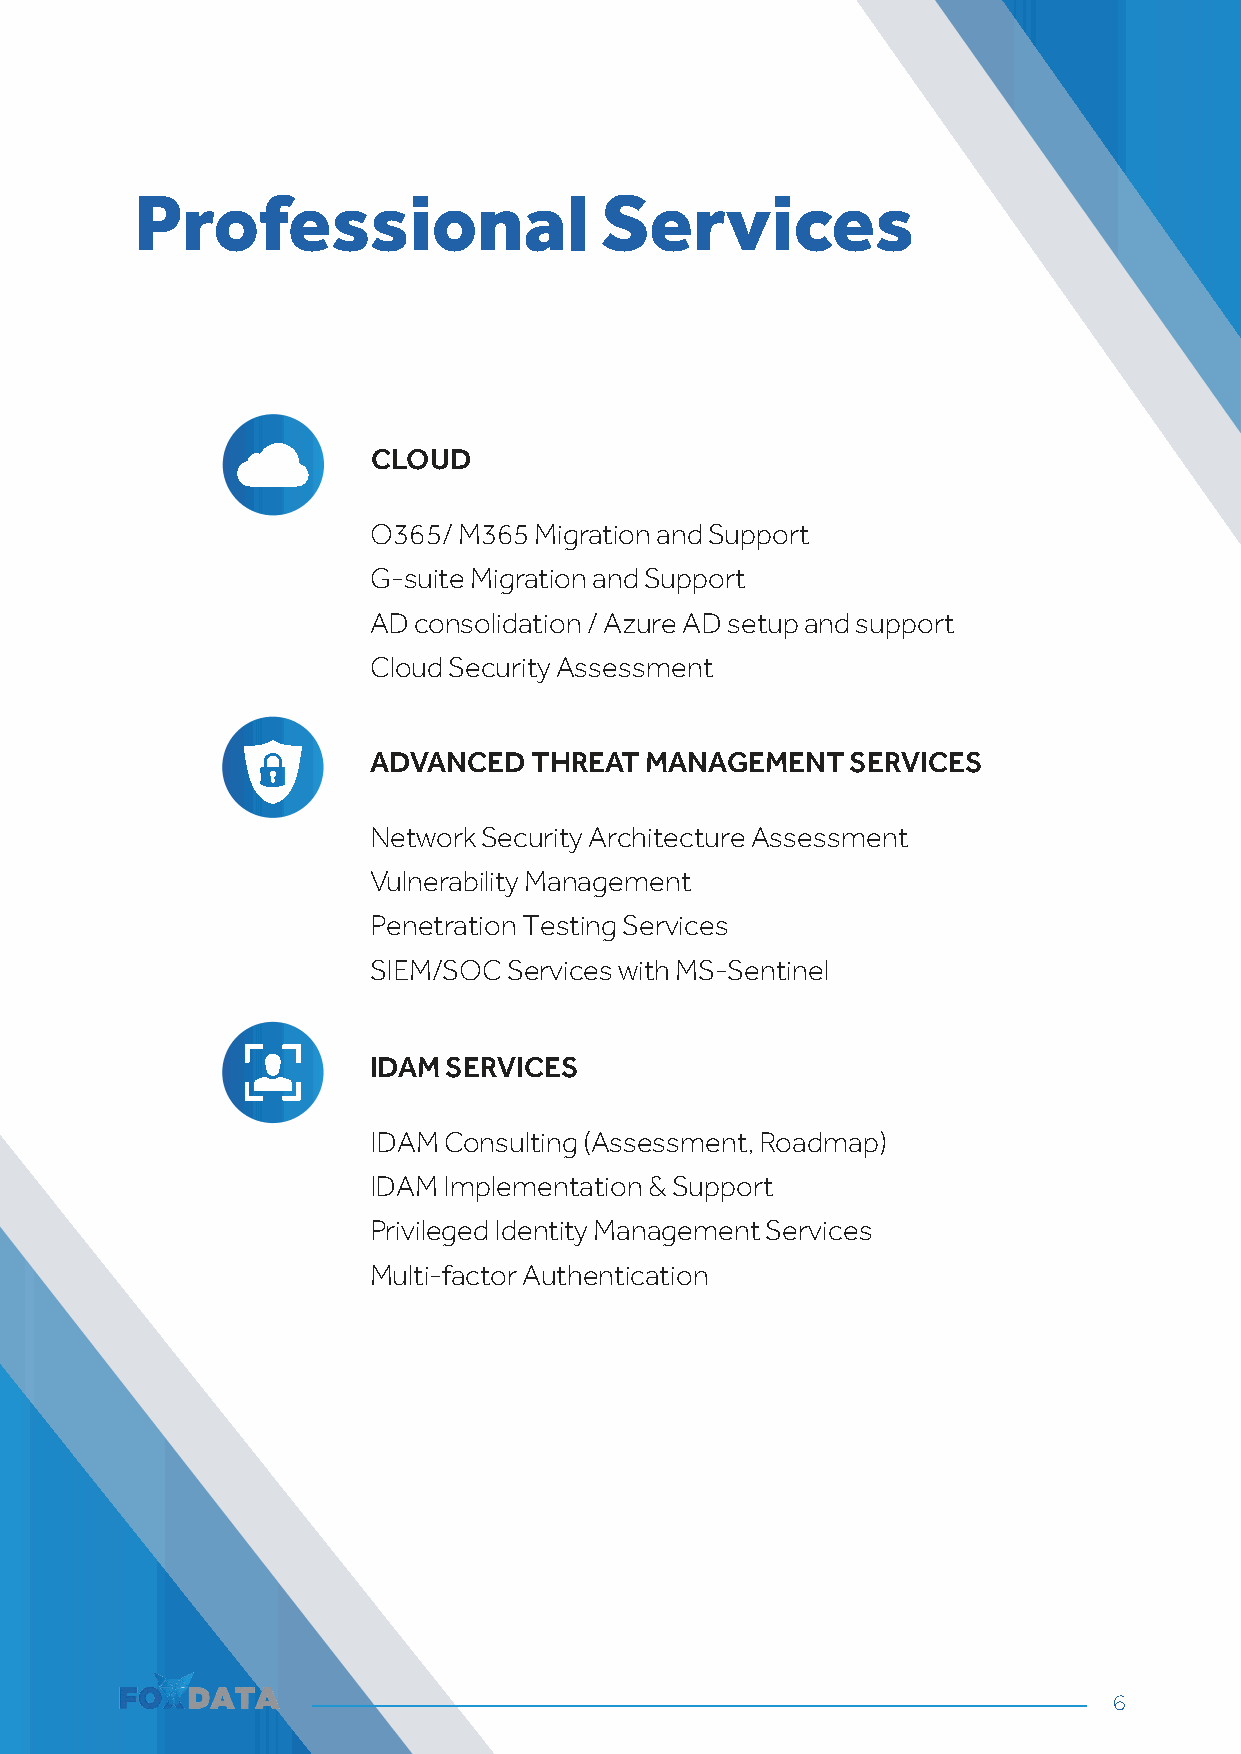
Professional                   Services
 CLOUD
 O365/ M365 Migration and Support
 G-suite Migration and Support
 AD consolidation / Azure AD setup and support
 Cloud Security Assessment
 ADVANCED   THREAT  MANAGEMENT   SERVICES
 Network Security Architecture Assessment
 Vulnerability Management
 Penetration Testing Services
 SIEM/SOC  Services with MS-Sentinel
 IDAM  SERVICES
 IDAM Consulting (Assessment, Roadmap)
 IDAM Implementation & Support
 Privileged Identity Management Services
 Multi-factor Authentication
 6